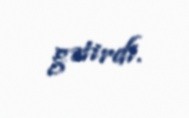
gətirdi.